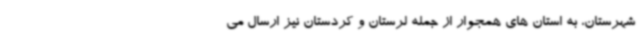
شهرستان، به استان های همجوار از جمله لرستان و کردستان نیز ارسال می